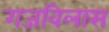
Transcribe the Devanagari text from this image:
गजविलास